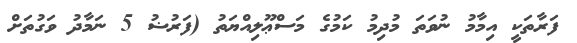
ފަރާތަކީ އިމާމު ނުވަތަ މުދިމު ކަމުގެ މަސްޢޫލިއްޔަތު (ފަރުޟު 5 ނަމާދު ވަގުތަށް